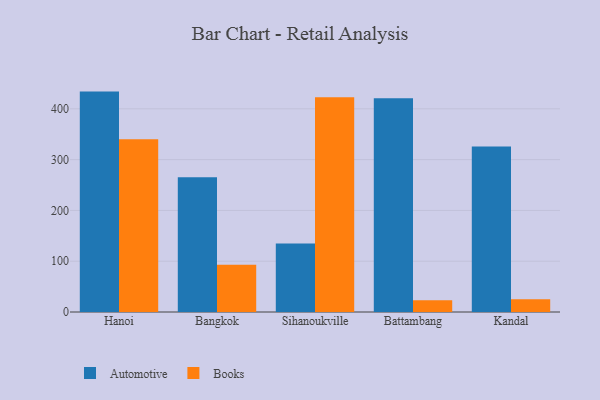
{"axis": {"x": "City", "y": "LTV (USD)"}, "legend": ["Automotive", "Books"], "data": [{"x": "Hanoi", "y": 433.9, "type": "Automotive"}, {"x": "Hanoi", "y": 340.2, "type": "Books"}, {"x": "Bangkok", "y": 265.2, "type": "Automotive"}, {"x": "Bangkok", "y": 92.9, "type": "Books"}, {"x": "Sihanoukville", "y": 135.1, "type": "Automotive"}, {"x": "Sihanoukville", "y": 422.6, "type": "Books"}, {"x": "Battambang", "y": 420.7, "type": "Automotive"}, {"x": "Battambang", "y": 23.0, "type": "Books"}, {"x": "Kandal", "y": 325.8, "type": "Automotive"}, {"x": "Kandal", "y": 25.2, "type": "Books"}]}